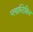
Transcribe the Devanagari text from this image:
प्लास्टिसिन